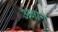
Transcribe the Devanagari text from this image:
अक्षाने